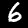
Digit: 6